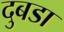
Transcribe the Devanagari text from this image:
दुबडा